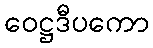
ဝေဋ္ဌဒီပကော